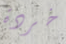
خردة